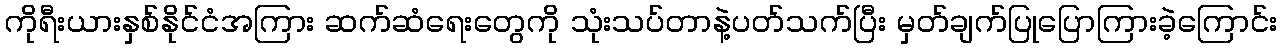
ကိုရီးယားနှစ်နိုင်ငံအကြား ဆက်ဆံရေးတွေကို သုံးသပ်တာနဲ့ပတ်သက်ပြီး မှတ်ချက်ပြုပြောကြားခဲ့ကြောင်း